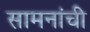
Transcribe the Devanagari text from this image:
सामनांची